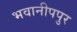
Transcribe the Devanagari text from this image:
भवानीपपुर